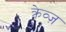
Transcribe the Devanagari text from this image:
क्रेव्ज़